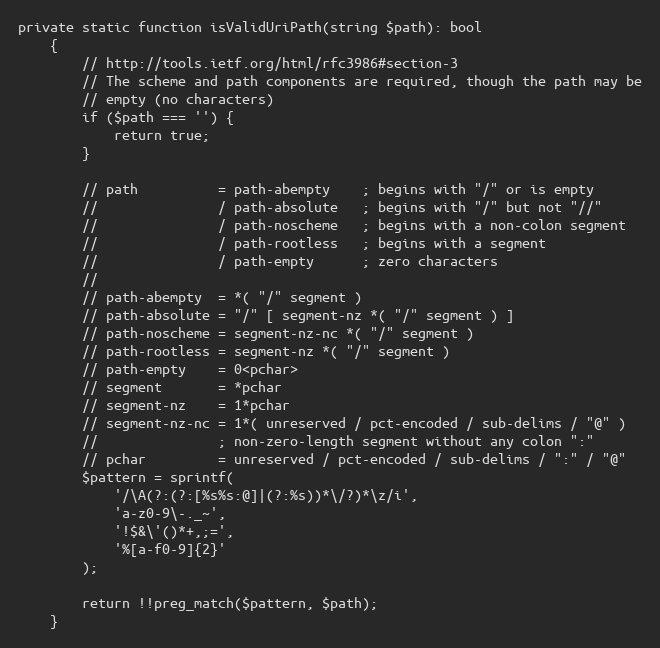
Language: PHP
private static function isValidUriPath(string $path): bool
    {
        // http://tools.ietf.org/html/rfc3986#section-3
        // The scheme and path components are required, though the path may be
        // empty (no characters)
        if ($path === '') {
            return true;
        }

        // path          = path-abempty    ; begins with "/" or is empty
        //               / path-absolute   ; begins with "/" but not "//"
        //               / path-noscheme   ; begins with a non-colon segment
        //               / path-rootless   ; begins with a segment
        //               / path-empty      ; zero characters
        //
        // path-abempty  = *( "/" segment )
        // path-absolute = "/" [ segment-nz *( "/" segment ) ]
        // path-noscheme = segment-nz-nc *( "/" segment )
        // path-rootless = segment-nz *( "/" segment )
        // path-empty    = 0<pchar>
        // segment       = *pchar
        // segment-nz    = 1*pchar
        // segment-nz-nc = 1*( unreserved / pct-encoded / sub-delims / "@" )
        //               ; non-zero-length segment without any colon ":"
        // pchar         = unreserved / pct-encoded / sub-delims / ":" / "@"
        $pattern = sprintf(
            '/\A(?:(?:[%s%s:@]|(?:%s))*\/?)*\z/i',
            'a-z0-9\-._~',
            '!$&\'()*+,;=',
            '%[a-f0-9]{2}'
        );

        return !!preg_match($pattern, $path);
    }